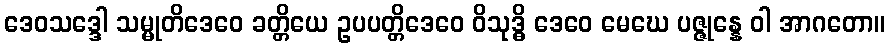
ဒေဝသဒ္ဒေါ သမ္မုတိဒေဝေ ခတ္တိယေ ဥပပတ္တိဒေဝေ ဝိသုဒ္ဓိ ဒေဝေ မေဃေ ပဇ္ဇုန္နေ ဝါ အာဂတော။